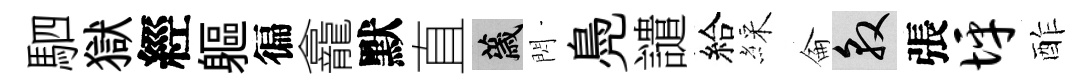
駟獄經軀徧龕默直薉閃鳧譴給綵侖敦張坪酢